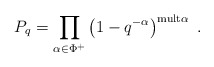
\begin{align*}P_q=\prod_{\alpha\in\Phi^+}\left (1-q^{-\alpha}\right )^{{\rm mult}\alpha}\;.\end{align*}